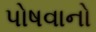
પોષવાનો